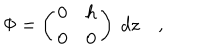
\Phi = \left( \begin{matrix} { { 0 } } & { { h } } \\ { { 0 } } & { { 0 } } \\ \end{matrix} \right) ~ d z \quad ,